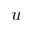
\boldsymbol { u }